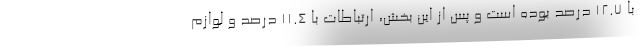
با ۱۲.۷ درصد بوده است و پس از این بخش، ارتباطات با ۱۱.۴ درصد و لوازم